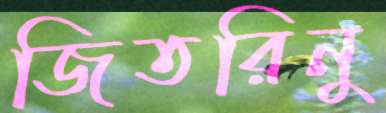
জিতরিনু